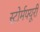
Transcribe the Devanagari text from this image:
स्टोर्मफ्यूरी